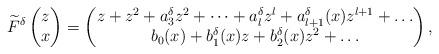
LaTeX: \begin{align*}\widetilde{F}^\delta\begin{pmatrix}z\\x \end{pmatrix} = \begin{pmatrix}z+ z^2 + a_3^\delta z^2 + \dots + a_l^\delta z^l +a_{l+1}^\delta(x)z^{l+1}+\dots\\ b_0(x) + b_1^\delta(x)z+ b_2^\delta(x)z^2 + \dots \end{pmatrix},\end{align*}